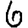
Digit: 6